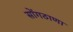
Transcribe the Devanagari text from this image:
सोंगठाणा